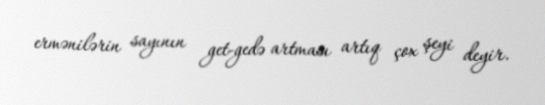
ermənilərin sayının get-gedə artması artıq çox şeyi deyir.